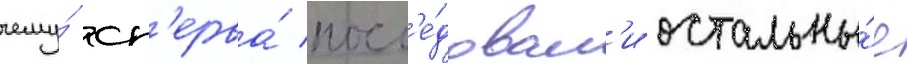
чему́ сп'ерва́ посл'е́довал'и остальны́е